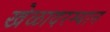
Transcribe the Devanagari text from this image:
खेळादरम्यान